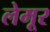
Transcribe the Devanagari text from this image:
लेमूर